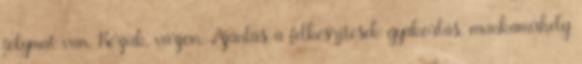
folymat van. Kérjük, várjon. Ajánlás a felkészítések gyakorlás, munkaműhely